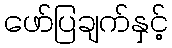
ဖော်ပြချက်နှင့်